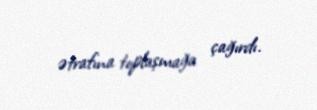
ətrafına toplaşmağa çağırdı.